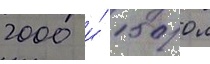
2000 и́ 1500 л